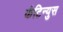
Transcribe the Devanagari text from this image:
कंटिन्युस